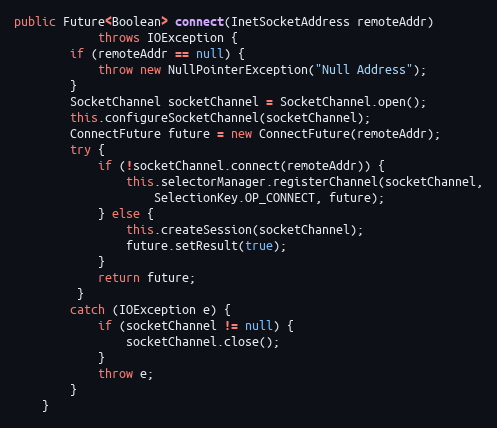
Language: Java
public Future<Boolean> connect(InetSocketAddress remoteAddr)
			throws IOException {
		if (remoteAddr == null) {
			throw new NullPointerException("Null Address");
		}
		SocketChannel socketChannel = SocketChannel.open();
		this.configureSocketChannel(socketChannel);
		ConnectFuture future = new ConnectFuture(remoteAddr);
		try {
		    if (!socketChannel.connect(remoteAddr)) {
		        this.selectorManager.registerChannel(socketChannel,
		            SelectionKey.OP_CONNECT, future);
		    } else {
		        this.createSession(socketChannel);
		        future.setResult(true);
		    }
		    return future;
		 }
		catch (IOException e) {
		    if (socketChannel != null) {
		        socketChannel.close();
		    }
		    throw e;
		}
	}